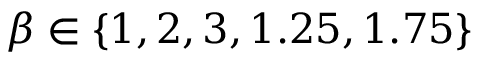
\beta \in \{ 1 , 2 , 3 , 1 . 2 5 , 1 . 7 5 \}